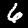
Label: 6